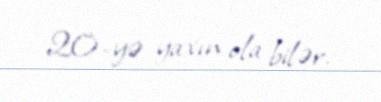
20-yə yaxın ola bilər.